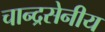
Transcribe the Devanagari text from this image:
चान्द्रसेनीय